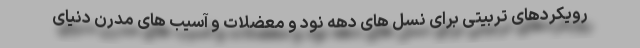
رویکردهای تربیتی برای نسل های دهه نود و معضلات و آسیب های مدرن دنیای